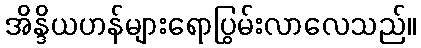
အိန္ဒိယဟန်များရောပြွမ်းလာလေသည်။